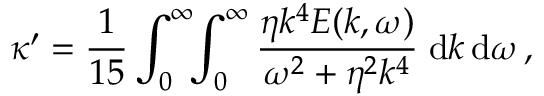
\kappa ^ { \prime } = \frac { 1 } { 1 5 } \int _ { 0 } ^ { \infty } \! \! \int _ { 0 } ^ { \infty } \frac { \eta k ^ { 4 } E ( k , \omega ) } { \omega ^ { 2 } + \eta ^ { 2 } k ^ { 4 } } \; \mathrm { d } { k } \, \mathrm { d } \omega \, ,